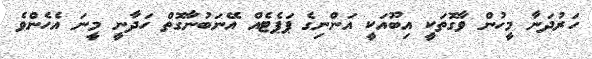
ހަރުދަނާ މީހުން ވާގޮތަކީ އިބޫއަކީ އަންނިގެ ޕަޕެޓެއް އޭނަބުނާގޮތް ހަދާނީ މީނަ އެހެންވެ